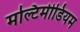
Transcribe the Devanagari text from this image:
मल्टिमीडियम